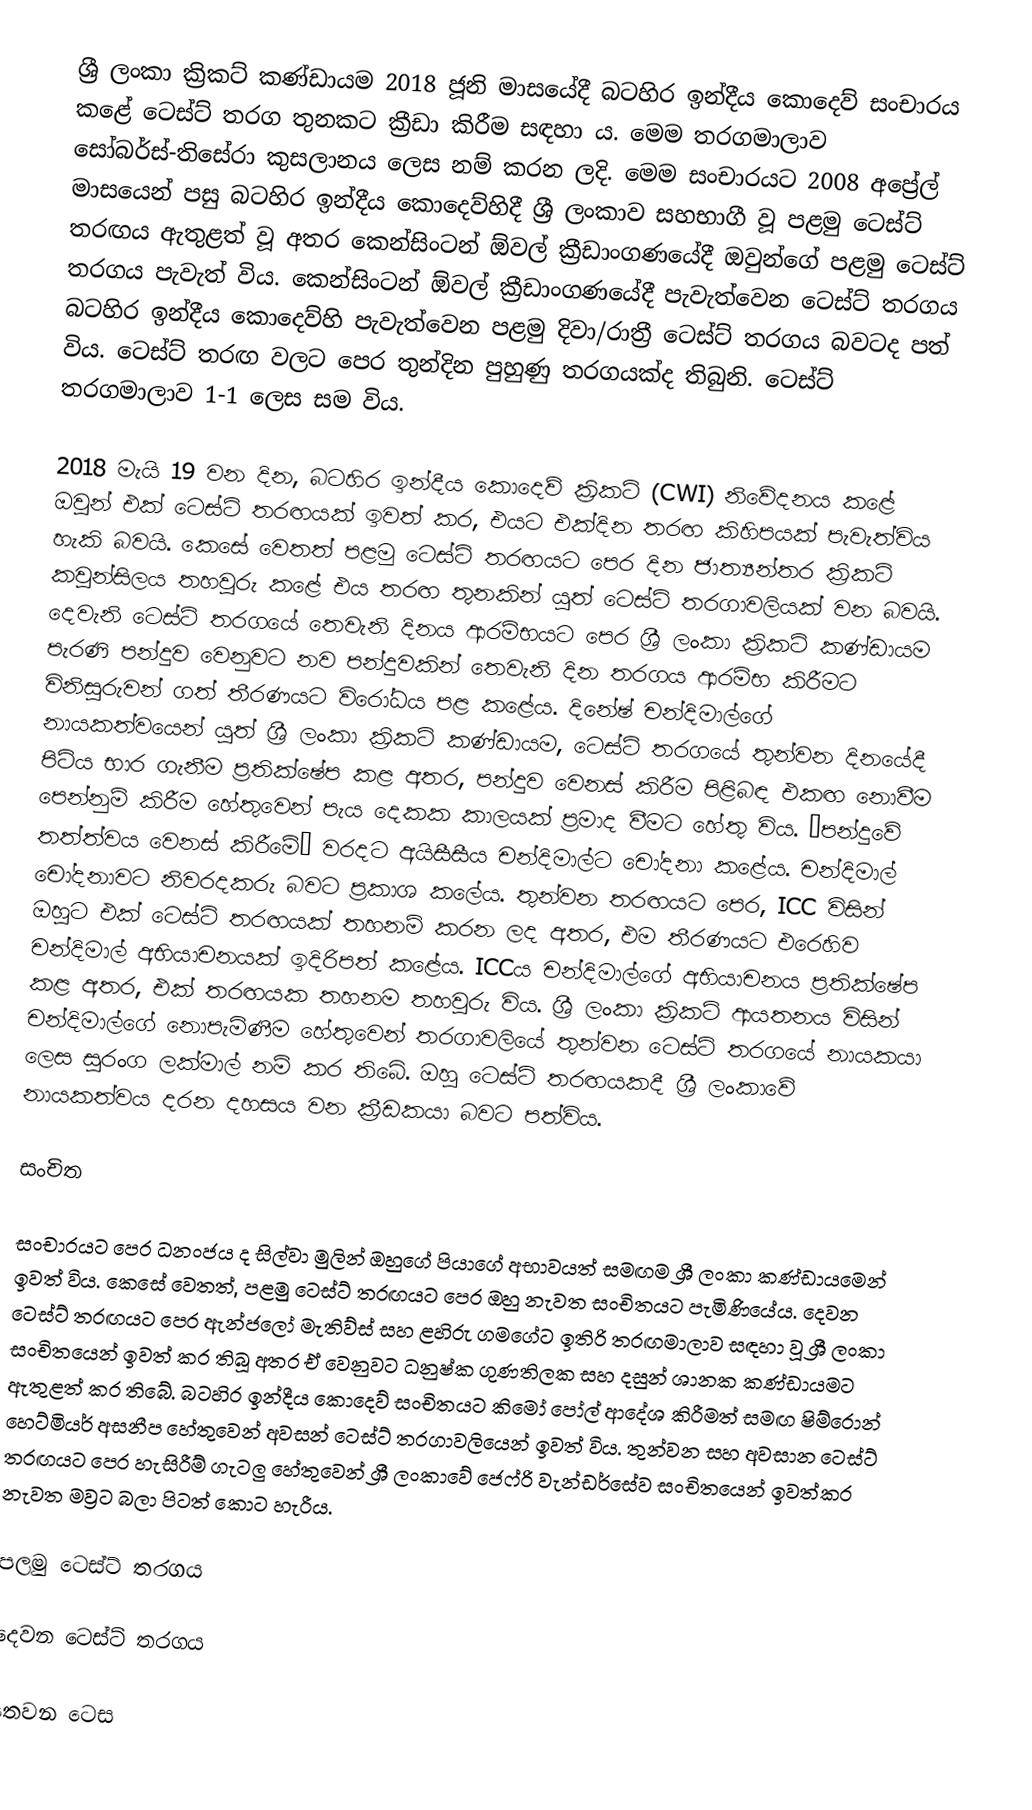
ශ්‍රී ලංකා ක්‍රිකට් කණ්ඩායම 2018 ජූනි මාසයේදී බටහිර ඉන්දීය කොදෙව් සංචාරය කළේ ටෙස්ට් තරග තුනකට ක්‍රීඩා කිරීම සඳහා ය. මෙම තරගමාලාව සෝබර්ස්-තිසේරා කුසලානය ලෙස නම් කරන ලදි. මෙම සංචාරයට 2008 අප්‍රේල් මාසයෙන් පසු බටහිර ඉන්දීය කොදෙව්හිදී ශ්‍රී ලංකාව සහභාගී වූ පළමු ටෙස්ට් තරඟය ඇතුළත් වූ අතර කෙන්සිංටන් ඕවල් ක්‍රීඩාංගණයේදී ඔවුන්ගේ පළමු ටෙස්ට් තරගය පැවැත් විය. කෙන්සිංටන් ඕවල් ක්‍රීඩාංගණයේදී පැවැත්වෙන ටෙස්ට් තරගය බටහිර ඉන්දීය කොදෙව්හි පැවැත්වෙන පළමු දිවා/රාත්‍රී ටෙස්ට් තරගය බවටද පත් විය. ටෙස්ට් තරඟ වලට පෙර තුන්දින පුහුණු තරගයක්ද තිබුනි. ටෙස්ට් තරගමාලාව 1-1 ලෙස සම විය.

2018 මැයි 19 වන දින, බටහිර ඉන්දීය කොදෙව් ක්‍රිකට් (CWI) නිවේදනය කළේ ඔවුන් එක් ටෙස්ට් තරඟයක් ඉවත් කර, එයට එක්දින තරඟ කිහිපයක් පැවැත්විය හැකි බවයි. කෙසේ වෙතත් පළමු ටෙස්ට් තරඟයට පෙර දින ජාත්‍යන්තර ක්‍රිකට් කවුන්සිලය තහවුරු කළේ එය තරඟ තුනකින් යුත් ටෙස්ට් තරගාවලියක් වන බවයි. දෙවැනි ටෙස්ට් තරගයේ තෙවැනි දිනය ආරම්භයට පෙර ශ්‍රී ලංකා ක්‍රිකට් කණ්ඩායම පැරණි පන්දුව වෙනුවට නව පන්දුවකින් තෙවැනි දින තරගය ආරම්භ කිරීමට විනිසුරුවන් ගත් තීරණයට විරෝධය පළ කළේය. දිනේෂ් චන්දිමාල්ගේ නායකත්වයෙන් යුත් ශ්‍රී ලංකා ක්‍රිකට් කණ්ඩායම, ටෙස්ට් තරගයේ තුන්වන දිනයේදී පිටිය භාර ගැනීම ප්‍රතික්ෂේප කළ අතර, පන්දුව වෙනස් කිරීම පිළිබඳ එකඟ නොවීම පෙන්නුම් කිරීම හේතුවෙන් පැය දෙකක කාලයක් ප්‍රමාද වීමට හේතු විය. “පන්දුවේ තත්ත්වය වෙනස් කිරීමේ” වරදට අයිසීසීය චන්දිමාල්ට චෝදනා කළේය. චන්දිමාල් චෝදනාවට නිවරදකරු බවට ප්‍රකාශ කලේය. තුන්වන තරඟයට පෙර, ICC විසින් ඔහුට එක් ටෙස්ට් තරඟයක් තහනම් කරන ලද අතර, එම තීරණයට එරෙහිව චන්දිමාල් අභියාචනයක් ඉදිරිපත් කළේය. ICCය චන්දිමාල්ගේ අභියාචනය ප්‍රතික්ෂේප කළ අතර, එක් තරඟයක තහනම තහවුරු විය. ශ්‍රී ලංකා ක්‍රිකට් ආයතනය විසින් චන්දිමාල්ගේ නොපැමිණීම හේතුවෙන් තරගාවලියේ තුන්වන ටෙස්ට් තරගයේ නායකයා ලෙස සුරංග ලක්මාල් නම් කර තිබේ. ඔහු ටෙස්ට් තරඟයකදී ශ්‍රී ලංකාවේ නායකත්වය දරන දහසය වන ක්‍රීඩකයා බවට පත්විය.

සංචිත

සංචාරයට පෙර ධනංජය ද සිල්වා මුලින් ඔහුගේ පියාගේ අභාවයත් සමඟම ශ්‍රී ලංකා කණ්ඩායමෙන් ඉවත් විය. කෙසේ වෙතත්, පළමු ටෙස්ට් තරඟයට පෙර ඔහු නැවත සංචිතයට පැමිණියේය. දෙවන ටෙස්ට් තරඟයට පෙර ඇන්ජලෝ මැතිව්ස් සහ ළහිරු ගමගේට ඉතිරි තරඟමාලාව සඳහා වූ ශ්‍රී ලංකා සංචිතයෙන් ඉවත් කර තිබූ අතර ඒ වෙනුවට ධනුෂ්ක ගුණතිලක සහ දසුන් ශානක කණ්ඩායමට ඇතුළත් කර තිබේ. බටහිර ඉන්දීය කොදෙව් සංචිතයට කිමෝ පෝල් ආදේශ කිරීමත් සමඟ ෂිම්රොන් හෙට්මියර් අසනීප හේතුවෙන් අවසන් ටෙස්ට් තරගාවලියෙන් ඉවත් විය. තුන්වන සහ අවසාන ටෙස්ට් තරඟයට පෙර හැසිරීම් ගැටලු හේතුවෙන් ශ්‍රී ලංකාවේ ජෙෆ්රි වැන්ඩර්සේව සංචිතයෙන් ඉවත්කර නැවත මව්‍රට බලා පිටත් කොට හැරීය.

පලමු ටෙස්ට් තරගය

දෙවන ටෙස්ට් තරගය

තෙවන ටෙස